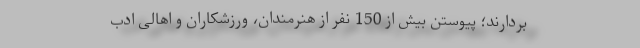
بردارند؛ پیوستن بیش از 150 نفر از هنرمندان، ورزشکاران و اهالی ادب